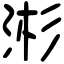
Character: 涁